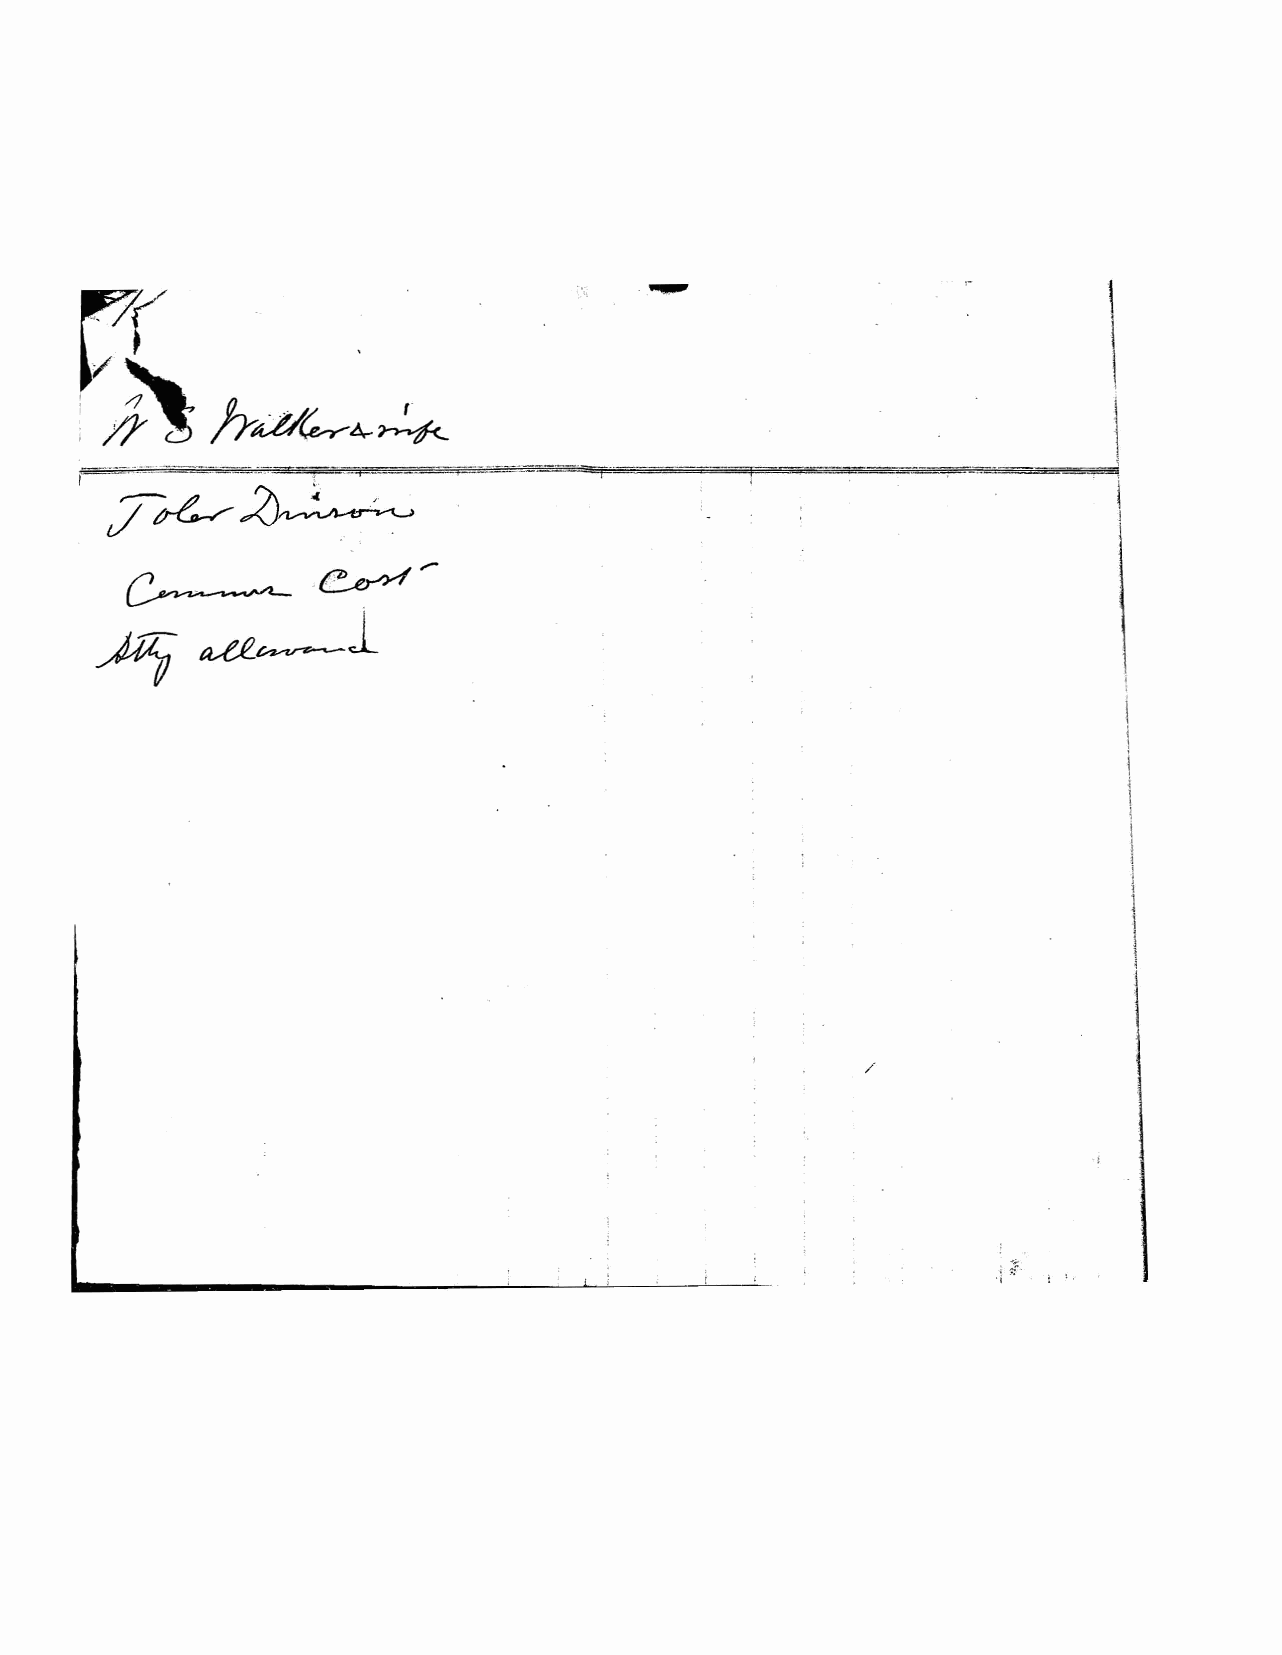
rr                .
 \
 Jrd/~4-~                                                   \
 ! )  \
 \
 . I
 . --~.:.:-. -- -.~. -.:-.. 3:7Z '! ~ t -F
 /~2)~
 !
 ~.~'­
 a-te~l
 .fl1i
 i
 \
 \
 j
 1
 i
 i
 I
 1
 1
 I
 /
 .,
 ;  ,               ·1. "1 ~: : ~, '